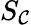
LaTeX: S_{\mathcal{C}}